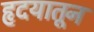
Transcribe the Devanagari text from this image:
हृदयातून